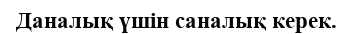
Даналық үшін саналық керек.